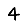
Digit: 4